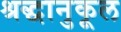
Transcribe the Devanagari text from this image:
श्रद्धानुकूल